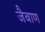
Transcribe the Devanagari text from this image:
जैबाण